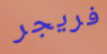
فريجر